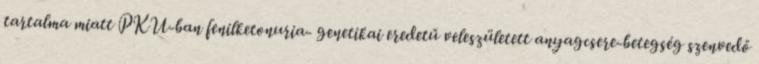
tartalma miatt PKU-ban fenilketonuria- genetikai eredetű veleszületett anyagcsere-betegség szenvedő